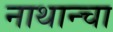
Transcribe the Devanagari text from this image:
नाथान्चा